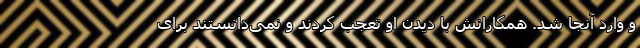
و وارد آنجا شد. همکارانش با دیدن او تعجب کردند و نمی‌دانستند برای